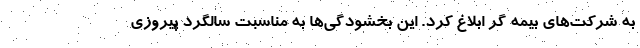
به شرکت‌های بیمه گر ابلاغ کرد. این بخشودگی‌ها به مناسبت سالگرد پیروزی